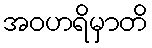
အဝဟရိမှာတိ